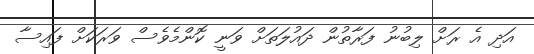
އަދި އެ ރަށް ލިބުނު ފަރާތުން ދައުލަތަށް ވަނީ ކޮންމެވެސް ވަރަކަށް ފައިސާ